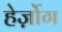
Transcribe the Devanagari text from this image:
हेर्ज़ोग